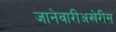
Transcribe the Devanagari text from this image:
जानेवारीअखेरीस